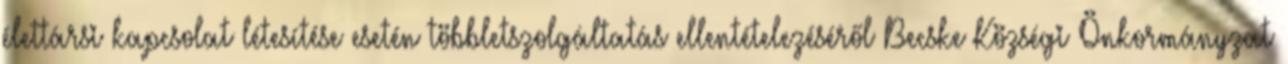
élettársi kapcsolat létesítése esetén többletszolgáltatás ellentételezéséről Becske Községi Önkormányzat